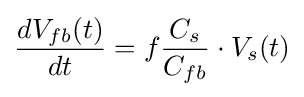
{\frac {dV_{fb}(t)}{dt}}=f{\frac {C_{s}}{C_{fb}}}\cdot V_{s}(t)